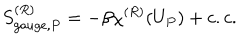
S _ { g a u g e , P } ^ { ( R ) } = - \beta \chi ^ { ( R ) } ( U _ { P } ) + c . c .